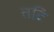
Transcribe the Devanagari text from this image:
तटि